Leaving Certificate Examination, 1912
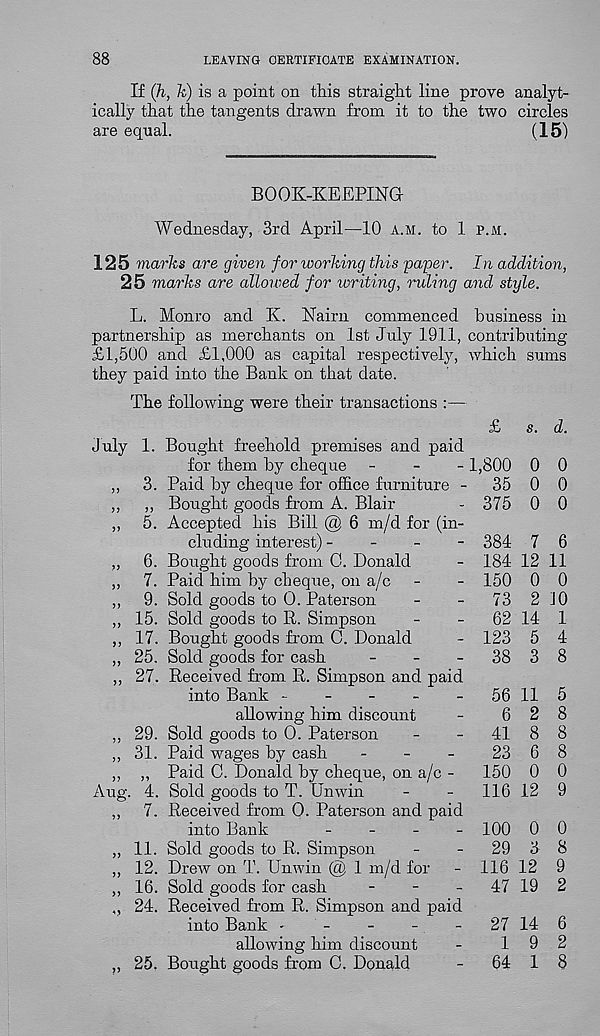
88
LEAVING CERTIFICATE EXAMINATION.
If (h, k) is a point on this straight line prove analyt-
ically that the tangents drawn from it to the two circles
are equal.
(15)
BOOK-KEEPINa
Wednesday, 3rd April—10 a.m. to 1 p.m.
125 marks are given for working this paper. In addition,
25 marks are allowed for writing, ruling and style.
L. Monro and K. Naim commenced business in
partnership as merchants on 1st July 1911, contributing
£1,500 and £1,000 as capital respectively, which sums
they paid into the Bank on that date.
The following were their transactions
July 1.
>)
jy
„ 5.
„ 6.
„ 7.
„ 9.
„ 15.
„ 17.
„ 25.
„ 27.
„ 29.
„ 31.
>> M
Aug. 4,
11.
12.
16.
24.
25.
Bought freehold premises and paid
for them by cheque -
-
-
Paid by cheque for office furniture -
Bought goods from A. Blair
Accepted his Bill @ 6 m/d for (in-
cluding interest) -
-
-
-
Bought goods from C. Donald
Paid him by cheque, on a/c
Sold goods to O. Paterson
Sold goods to R. Simpson
Bought goods from C. Donald
Sold goods for cash
_
_
_
Received from R. Simpson and paid
into Bank -
-
-
-
-
allowing him discount
Sold goods to O. Paterson
Paid wages by cash
-
-
_
Paid C. Donald by cheque, on a/c -
Sold goods to T. Unwin
Received from O. Paterson and paid
into Bank
_
_
_
_
Sold goods to R. Simpson
Drew on T. Unwin @ 1 m/d for
Sold goods for cash
-
-
-
Received from R. Simpson and paid
into Bank
allowing him discount
Bought goods from 0. Donald
£
s. d.
1,800
35
375
384
184
150
73
62
123
38
56
6
41
23
150
116
100
29
116
47
27
1
64
0 0
0 0
0 0
7 6
12 11
0 0
2 10
14 1
5 4
3 8
11 5
2 8
8 8
6 8
0 0
12 9
0 0
3 8
12 9
19 2
14 6
9 2
1 8